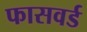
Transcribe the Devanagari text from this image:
फासवर्ड